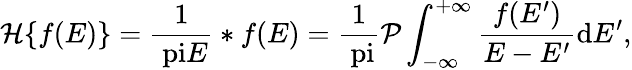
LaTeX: \mathcal{H}\{ f(E)\} =\frac{1}{\mathrm{\ pi}E}\ast f(E)=\frac{1}{\mathrm{\ pi}}\mathcal{P}\int_{-\infty}^{+\infty}\frac{f(E^{\prime})}{E-E^{\prime}}\mathrm{d}{E^{\prime}},